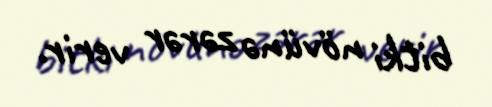
bitki növünə zərər verir.